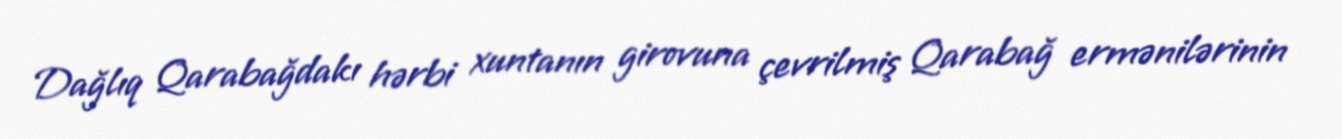
Dağlıq Qarabağdakı hərbi xuntanın girovuna çevrilmiş Qarabağ ermənilərinin